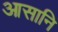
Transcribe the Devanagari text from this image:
आसानि